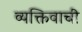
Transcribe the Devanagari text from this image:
व्यक्तिवाची